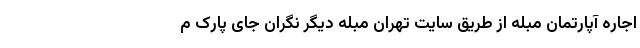
اجاره آپارتمان مبله از طریق سایت تهران مبله دیگر نگران جای پارک م